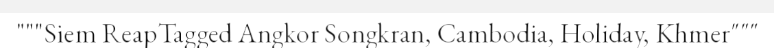
"""Siem ReapTagged Angkor Songkran, Cambodia, Holiday, Khmer"""